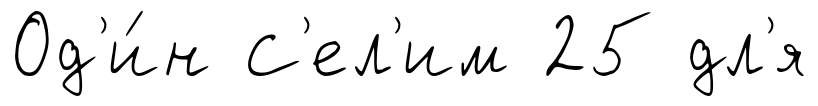
Од'и́н С'ел'им 25 дл'я